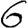
Digit: 6